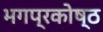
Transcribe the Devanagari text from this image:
भगप्रकोष्ठ